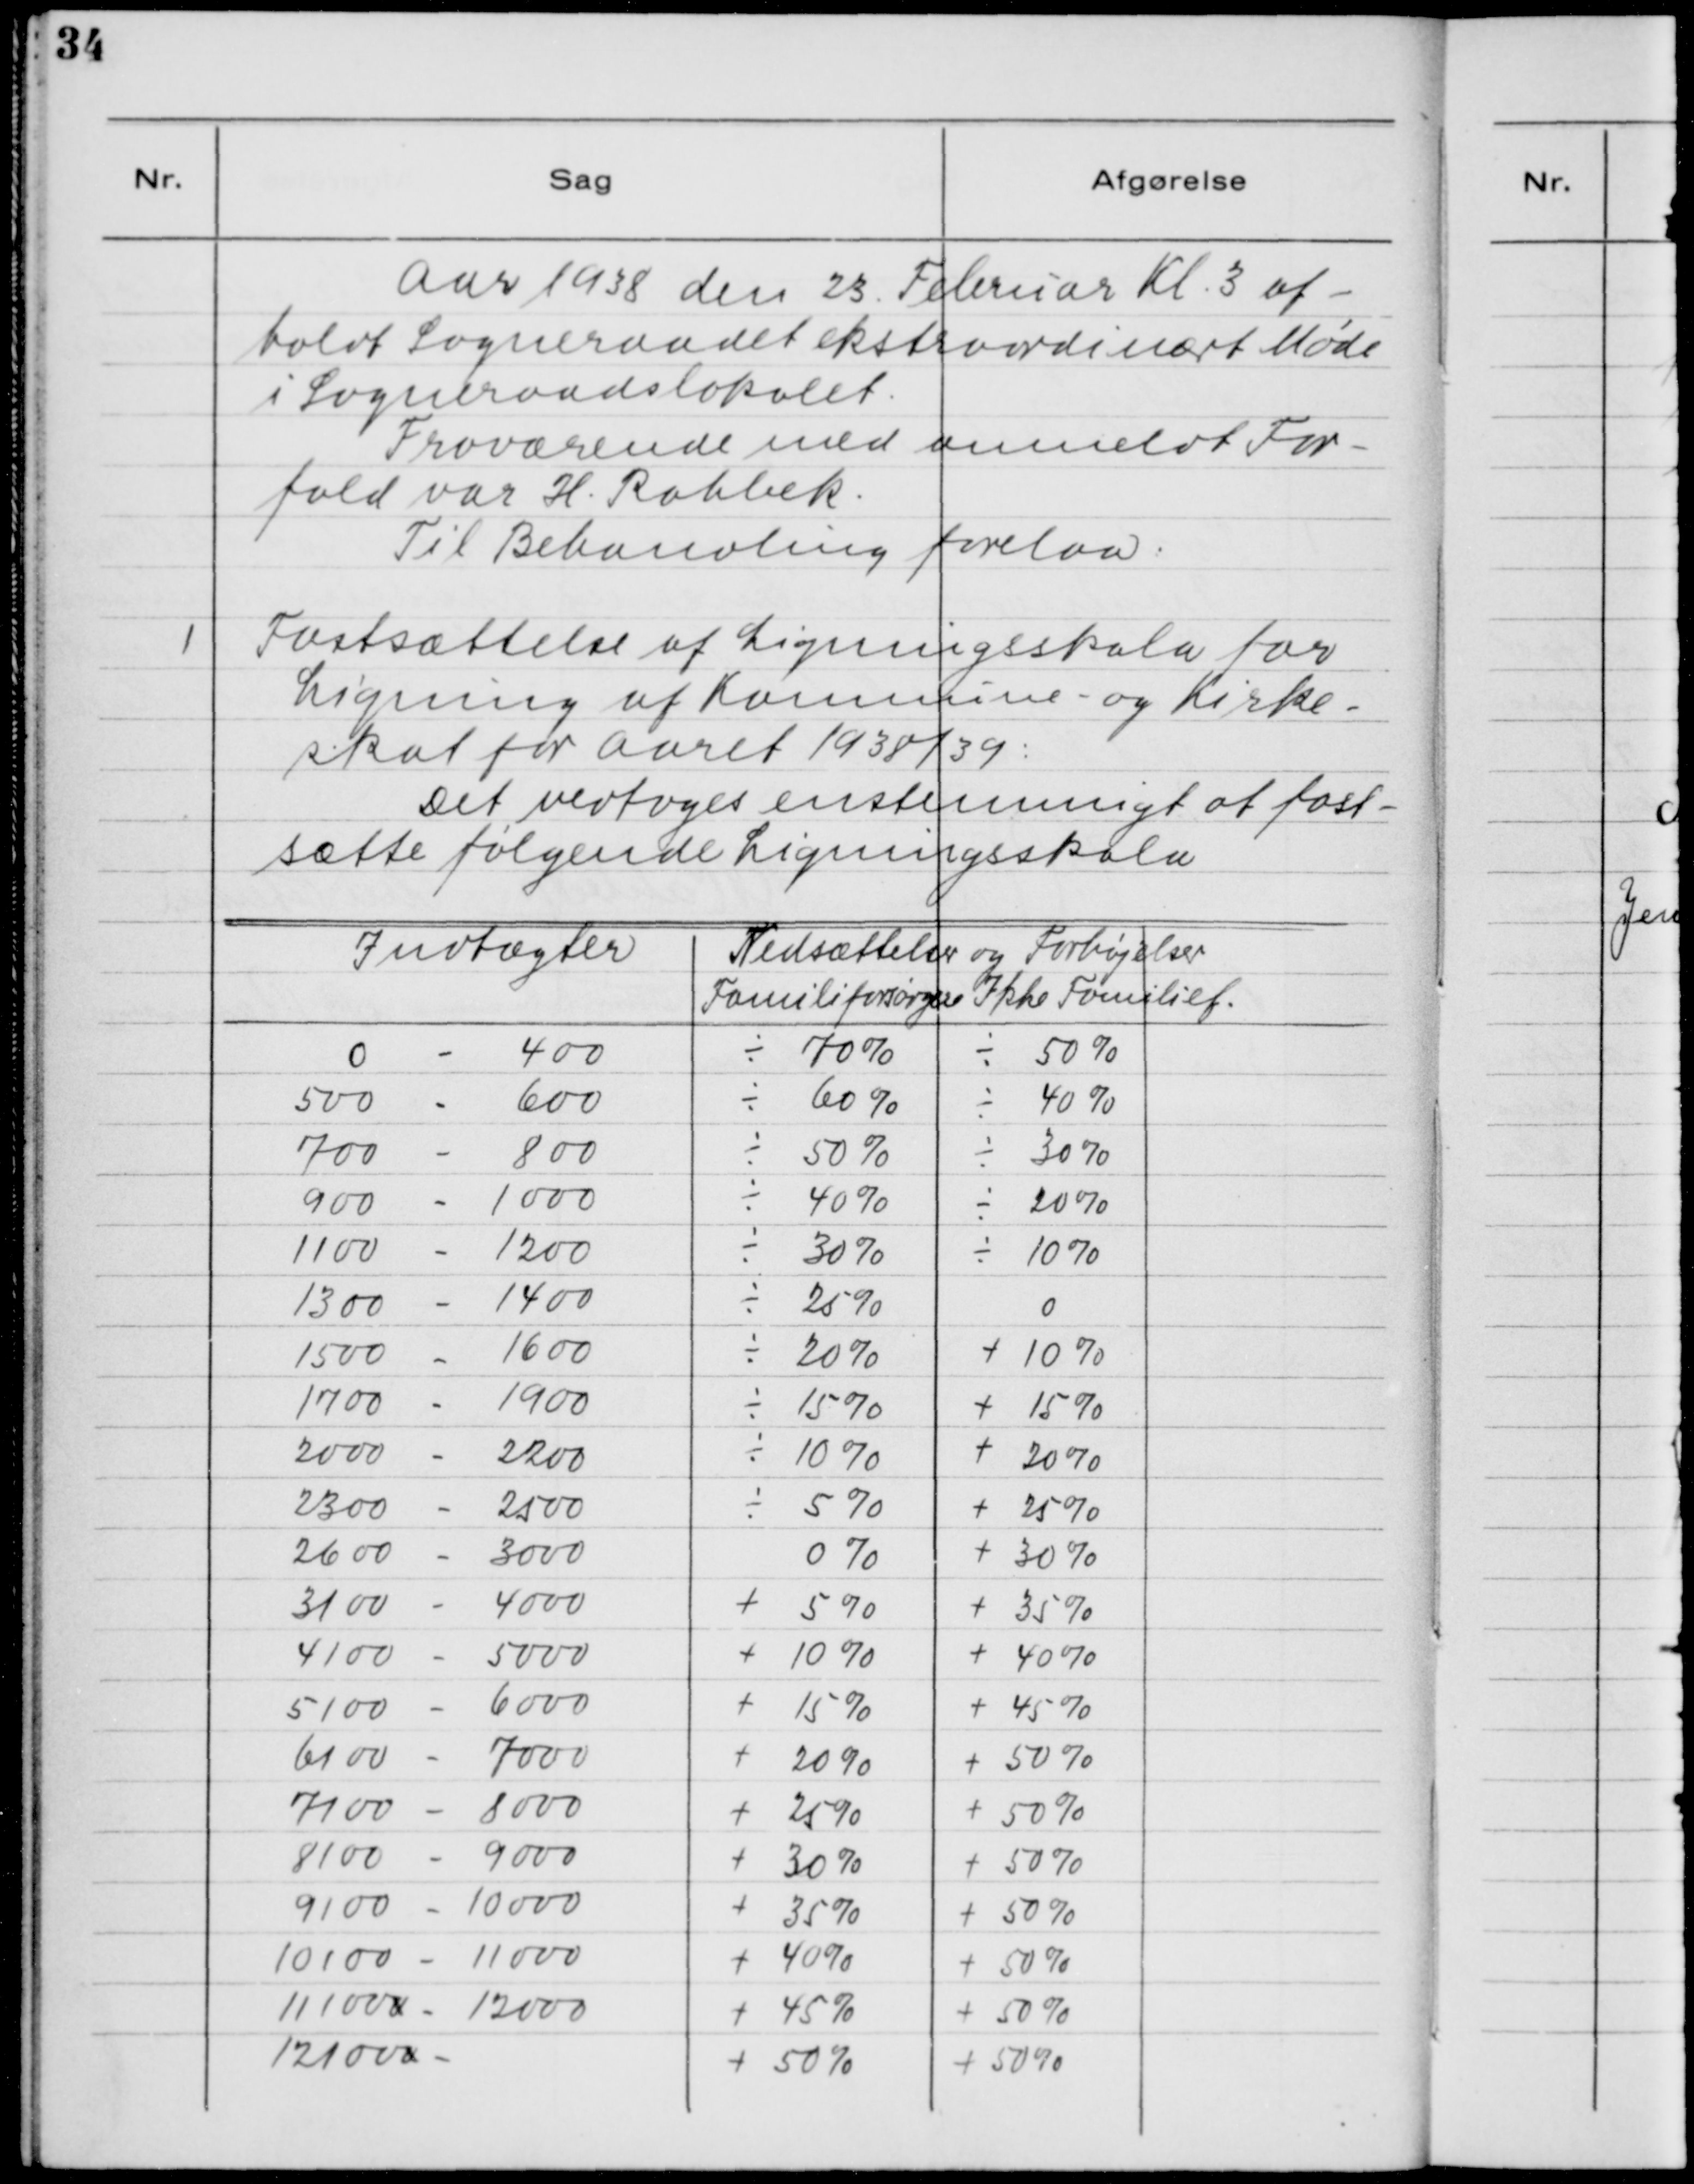
Transskription:
Aar 1938 den 23. Februar Kl. 3 af-
holdt Sogneraadet ekstraordinært Møde
i Sogneraadet.
Fraværende med anmeldt For-
fald var H. Rahbek.
Til Behandling forelaa:

1. Fastsættelse af Ligningsskala for
Ligning af Kommune- og Kirke-
skat for Aaret 1938/39:
Det vedtoges ensstemmigt af fast-
sætte følgende Ligningsskala